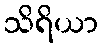
သိရိယာ